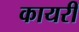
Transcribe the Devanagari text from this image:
कायरी